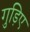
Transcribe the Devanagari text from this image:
गुड़िए